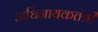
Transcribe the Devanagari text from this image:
अधिनायकतंत्री